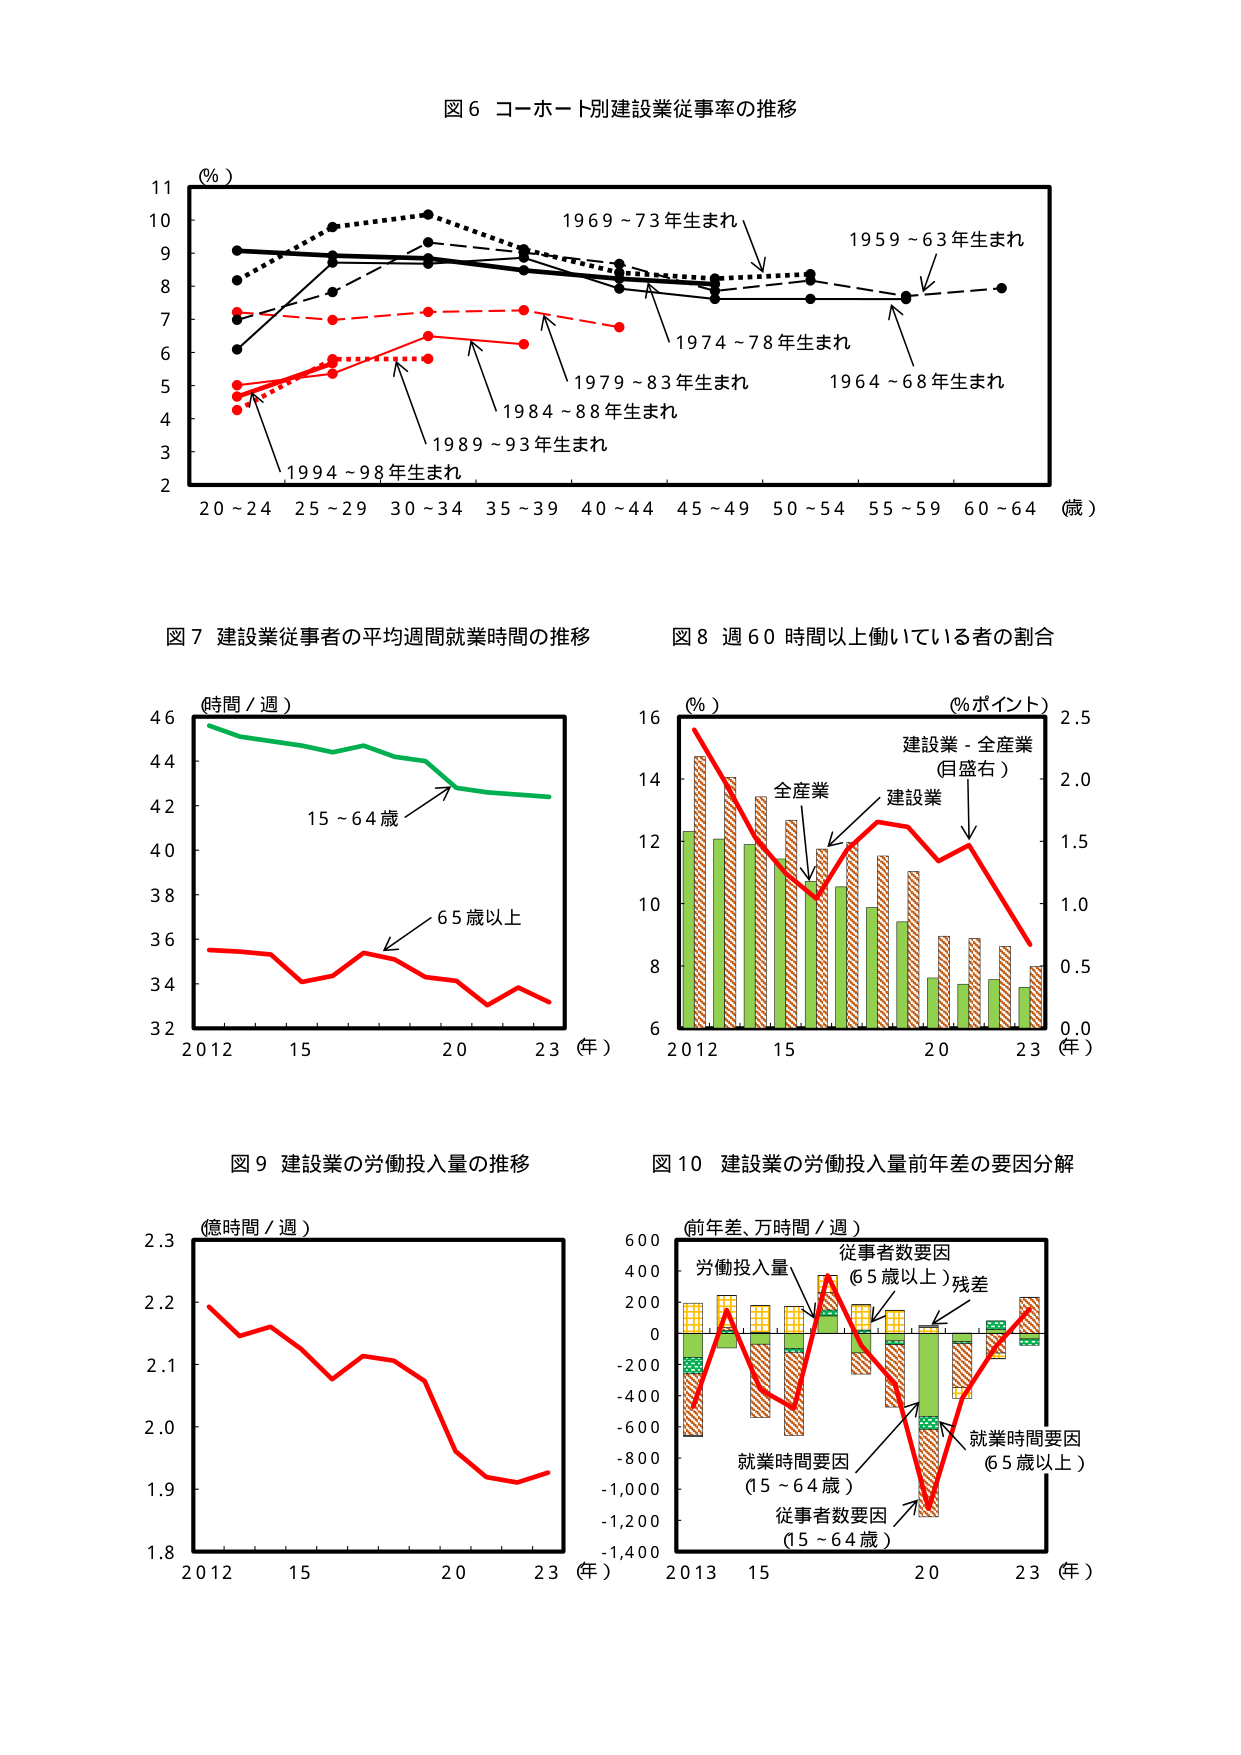
図６ コーホート別建設業従事率の推移
(％)
11
10
9
8
7
6
5
4
3
2
20～24 25～29 30～34 35～39 40～44 45～49 50～54 55～59 60～64 （歳）
1969～73年生まれ
1959～63年生まれ
1974～78年生まれ
1979～83年生まれ
1964～68年生まれ
1984～88年生まれ
1989～93年生まれ
1994～98年生まれ

図７ 建設業従事者の平均週間就業時間の推移
(時間／週)
46
44
42
40
38
36
34
32
2012 15 20 23 （年）
15～64歳
65歳以上

図８ 週60時間以上働いている者の割合
(％)
16
14
12
10
8
6
2012 15 20 23 （年）
(%ポイント)
2.5
2.0
1.5
1.0
0.5
0.0
全産業
建設業
建設業－全産業（目盛右）

図９ 建設業の労働投入量の推移
(億時間／週)
2.3
2.2
2.1
2.0
1.9
1.8
2012 15 20 23 （年）

図10 建設業の労働投入量前年差の要因分解
(前年差、万時間／週)
600
400
200
0
-200
-400
-600
-800
-1,000
-1,200
-1,400
2013 15 20 23 （年）
労働投入量
従事者数要因（65歳以上）残差
就業時間要因（65歳以上）
就業時間要因（15～64歳）
従事者数要因（15～64歳）